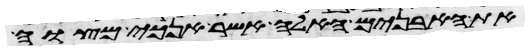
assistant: את האבנים האלה אשר אנכי מצוה